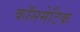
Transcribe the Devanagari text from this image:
कॉसमेटिक